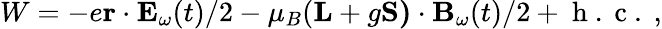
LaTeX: W=-e\mathbf{r}\cdot\mathbf{E}_{\omega}(t)/2-\mu_{B}(\mathbf{L}+g\mathbf{S)}\cdot\mathbf{B}_{\omega}(t)/2+\mathrm{~h~.~c~.~},